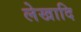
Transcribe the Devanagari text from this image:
लेखादि